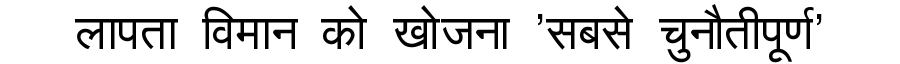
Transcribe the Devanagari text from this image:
लापता विमान को खोजना 'सबसे चुनौतीपूर्ण'